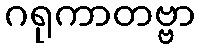
ဂရုကာတဗ္ဗာ